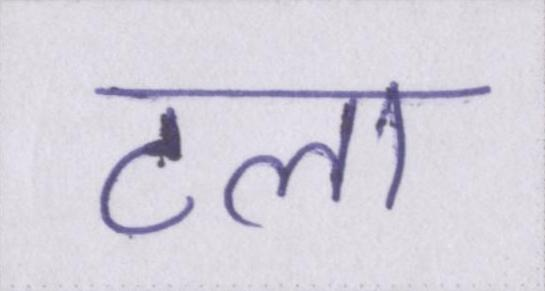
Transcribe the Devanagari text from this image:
टला